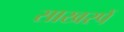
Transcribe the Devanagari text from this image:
साखरपें